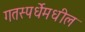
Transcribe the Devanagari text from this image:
गतस्पर्धेमधील